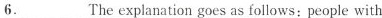
6.___The explanation goes as follows: people with